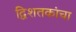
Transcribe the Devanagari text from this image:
द्विशतकांचा